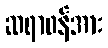
ဆရာဝန်အား